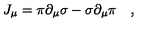
J _ { \mu } = \pi \partial _ { \mu } \sigma - \sigma \partial _ { \mu } \pi \quad ,